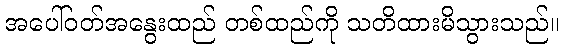
အပေါ်ဝတ်အနွေးထည် တစ်ထည်ကို သတိထားမိသွားသည်။